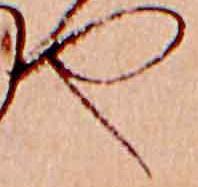
や